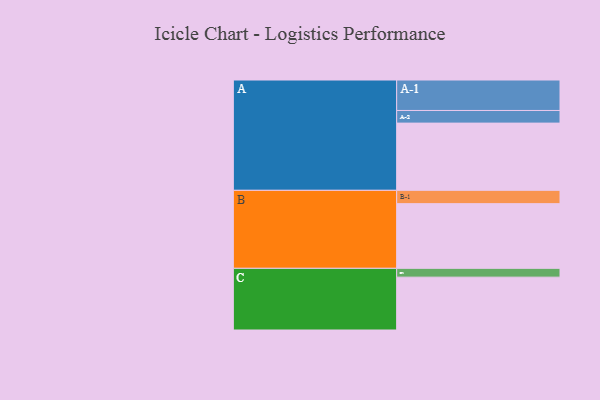
{"axis": {"x": "Segment", "y": "Value"}, "legend": ["", "A", "B", "C"], "data": [{"x": "A", "y": 580, "type": ""}, {"x": "B", "y": 558, "type": ""}, {"x": "C", "y": 456, "type": ""}, {"x": "A-1", "y": 263, "type": "A"}, {"x": "A-2", "y": 109, "type": "A"}, {"x": "B-1", "y": 115, "type": "B"}, {"x": "C-1", "y": 76, "type": "C"}]}